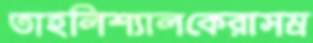
তাহলিশ্যালকেরাসম্র